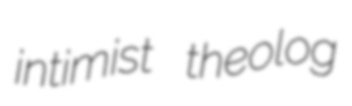
intimist theolog